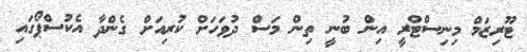
ޓޫރިޒަމް މިނިސްޓްރީ އިން ބުނީ ތިން މަސް ދުވަހަށް ކުރިއަށް ގެންދާ އެކުސްޕޯގައި